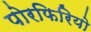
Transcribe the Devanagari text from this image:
पोरफिरियो